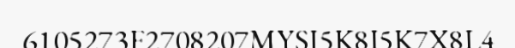
6105273F2708207MYSI5K8I5K7X8L4